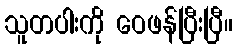
သူတပါးကို ဝေဖန်ပြီးပြီ။